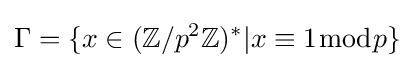
\Gamma =\{x\in (\mathbb {Z} /p^{2}\mathbb {Z} )^{*}|x\equiv 1{\bmod {p}}\}